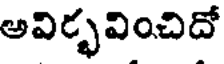
అవిర్భవించిదో